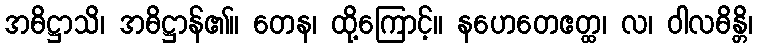
အဓိဋ္ဌာသိ၊ အဓိဋ္ဌာန်၏။ တေန၊ ထို့ကြောင့်။ နဟေတေဧတ္ထ၊ လ၊ ဝါလဓိန္တိ၊